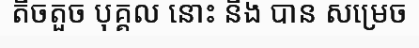
តិចតួច បុគ្គល នោះ នឹង បាន សម្រេច